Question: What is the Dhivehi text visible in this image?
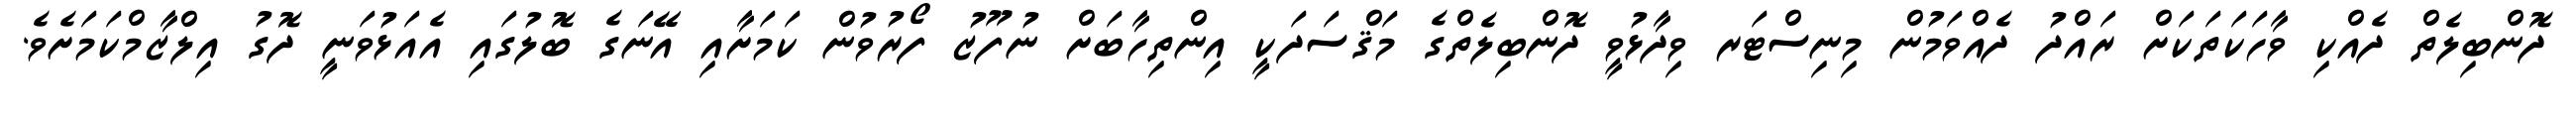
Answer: ދޮންބިލެތް ދެއްކި ވާހަކަތަކަށް ރައްދު ދެއްވަމުން މިނިސްޓަރ ވިދާޅުވީ ދޮންބިލެތްގެ މަޤްސަދަކީ އިންތިހާބަށް ނުފޫޒު ފޯރުވުން ކަމަށާއި އޭނަގެ ބޮލުގައި އެއަޅުވަނީ ދޮގު އިލްޒާމްކަމަށެވެ.